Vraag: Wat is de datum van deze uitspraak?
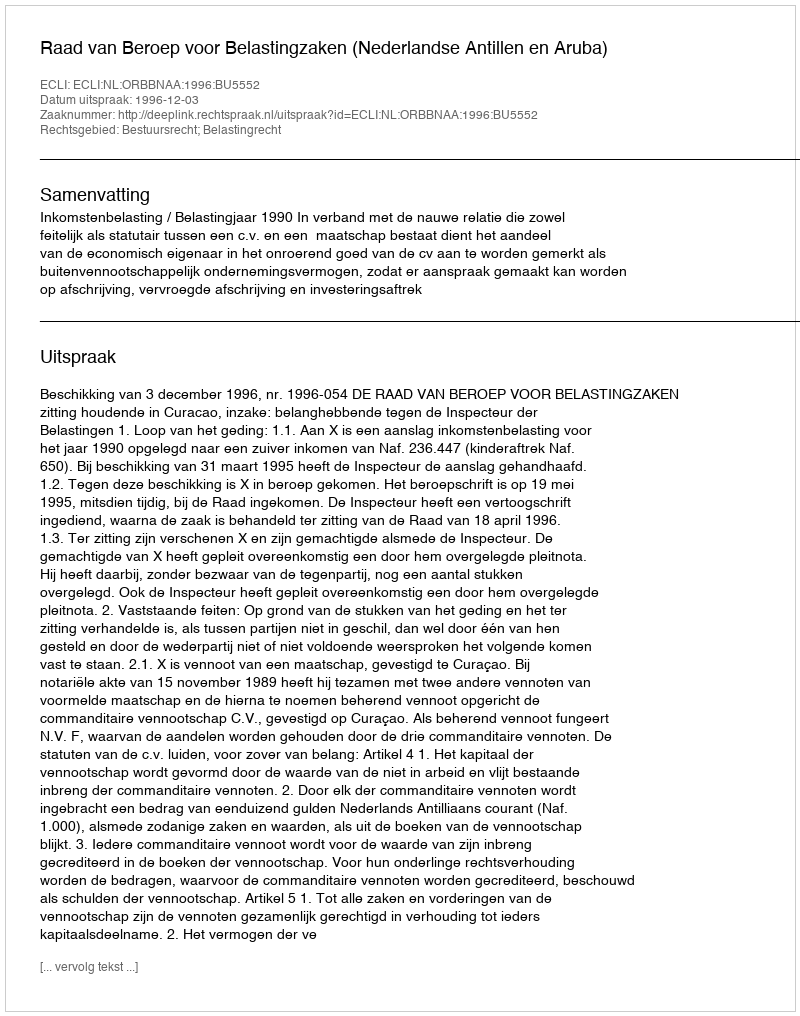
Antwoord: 1996-12-03